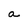
Character: a